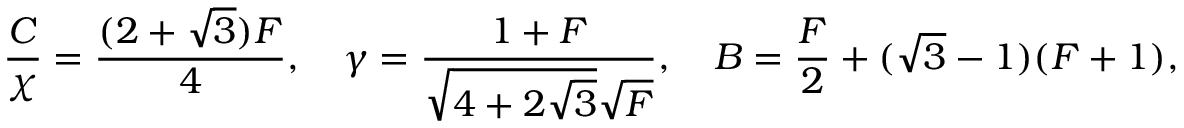
\frac { C } { \chi } = \frac { ( 2 + \sqrt { 3 } ) F } { 4 } , \quad \gamma = \frac { 1 + F } { \sqrt { 4 + 2 \sqrt { 3 } } \sqrt { F } } , \quad B = \frac { F } { 2 } + ( \sqrt { 3 } - 1 ) ( F + 1 ) ,